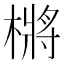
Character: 㯍